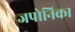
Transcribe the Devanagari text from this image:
जपोनिका